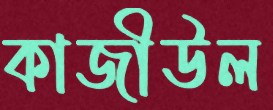
কাজীউল